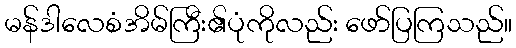
မန်ဒါလေစံအိမ်ကြီး၏ပုံကိုလည်း ဖော်ပြကြသည်။